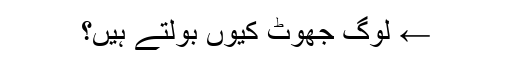
← لوگ جھوٹ کیوں بولتے ہیں؟